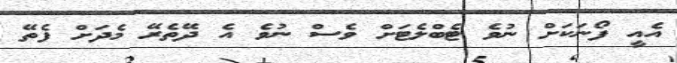
އެއީ ފޯނަކަށް ނުވެ ޓެބްލެޓަށް ވެސް ނުވެ އެ ދޭތެރޭ މެދަށް ފެތޭ